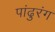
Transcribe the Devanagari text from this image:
पांढुरंग